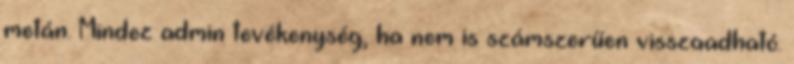
metán. Mindez admin tevékenység, ha nem is számszerűen visszaadható.